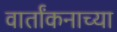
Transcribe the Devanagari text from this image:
वार्तांकनाच्या